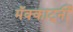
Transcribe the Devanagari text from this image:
मॅक्कार्ट्नी